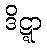
ဒိဋ္ဋာ